Civil Veterinary Department Bihar reports 1940-50 - 1940-1950
Year: 1940
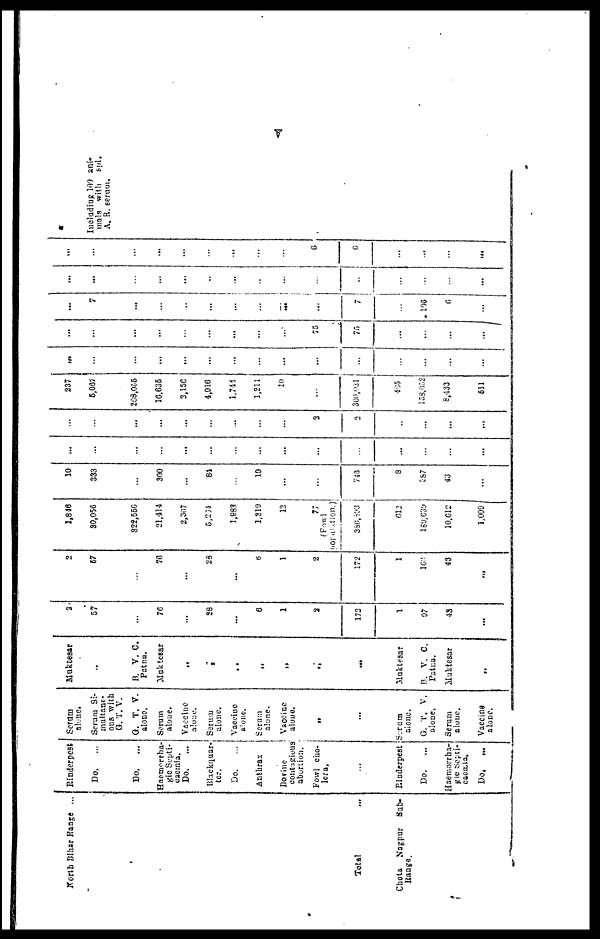
North Bihar Range ...
Total ...
Chota Nagpar
Sab-
Range.
Rinderpest
Do.
...
Do.
...
Hæmorrha-
gic Septi-
cacimia.
Do.
...
BIackquar-
ter.
Do.
Anthrax
Bovine
contagious
abortion.
Fowl cho-
lera.
...
Rinderpest
Do.
...
Haemorrha-
tric Scpti-
caeaia.
Do
...
Scram
alone
Serum Si-
multane-
ous with
G. T. V.
0. T. V.
alone.
Serum
alone.
Vaccine
alone
Serum
alone.
Vaccine
alone.
Serum
alone.
Vaccine
alone.
...
Serum
alone.
G. T. V.
alone.
Serum
alone.
Vaccina
alone.
Muktesar
..
B. v. c.
Patna.
Muktesar
„
„
„
„
„
„
...
Muktesar
B. V. C.
Patna.
Muktesar
...
2
57
...
76
...
28
...
6
1
2
172
1
97
43
...
2
57
...
70
...
23
...
6
1
2
172
1
163
43
...
1,846
30,056
322,556
21,414
2,3(17
5,234
1,983
1,919
12
77
(Fowl
population.)
386,593
612
189,639
10,612
1,009
10
333
...
300
...
84
...
10
...
...
746
8
357
43
...
...
...
...
...
...
...
...
...
...
...
...
...
...
...
...
...
...
...
...
...
...
...
...
...
2
2
...
...
...
...
237
5,087
268,055
16,635
3,156
4,916
1,741
1,211
10
...
300,931
405
153,052
8,433
511
...
...
...
...
...
...
...
...
...
...
...
...
...
...
...
...
...
...
...
...
...
...
...
...
75
75
...
...
...
...
...
7
...
...
...
...
...
...
...
...
7
...
108
6
...
...
...
...
...
...
...
...
...
...
...
...
...
...
...
...
...
...
...
...
...
...
...
...
...
6
0
...
...
...
...
Including 100 ani-
mals with
spl.
A. R. serum,